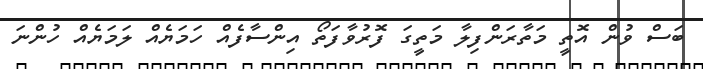
ބަސް ވުން އޮތީ މަތާރަންފިލާ މަތީގަ ފޮރުވާފަތޯ އިންސާފެއް ހަމަޔެއް ލަމަޔެއް ހުންނަ